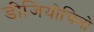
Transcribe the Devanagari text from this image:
डीजियोचिनो